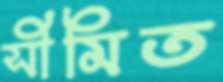
সীমিত